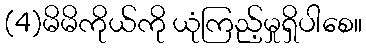
(4)မိမိကိုယ်ကို ယုံကြည့်မှုရှိပါစေ။